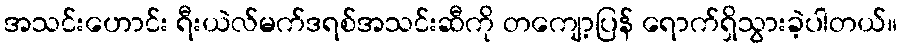
အသင်းဟောင်း ရီးယဲလ်မက်ဒရစ်အသင်းဆီကို တကျော့ပြန် ရောက်ရှိသွားခဲ့ပါတယ်။